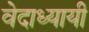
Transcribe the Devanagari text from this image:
वेदाध्यायी